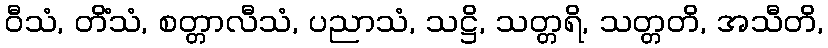
ဝီသံ, တိံသံ, စတ္တာလီသံ, ပညာသံ, သဋ္ဌိ, သတ္တရိ, သတ္တတိ, အသီတိ,